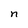
Character: n